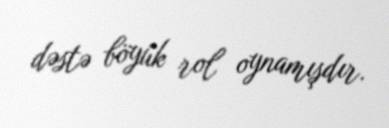
dəstə böyük rol oynamışdır.